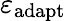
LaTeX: \varepsilon_{\mathrm{adapt}}